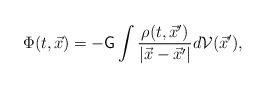
LaTeX: \begin{align*}\Phi(t,\vec{x})=-\mathsf{G}\int\frac{\rho(t,\vec{x}')}{|\vec{x}-\vec{x}'|}d\mathcal{V}(\vec{x}'), \end{align*}